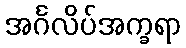
အင်္ဂလိပ်အက္ခရာ